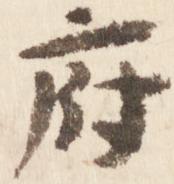
府